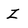
Character: Z